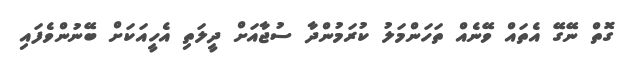
ގޮތް ނޭގޭ އެތައް ވޭނެއް ތަހަންމަލު ކުރަމުންދާ ސުޖާއަށް ދީލަތި އެހީއަކަށް ބޭނުންވެފައި